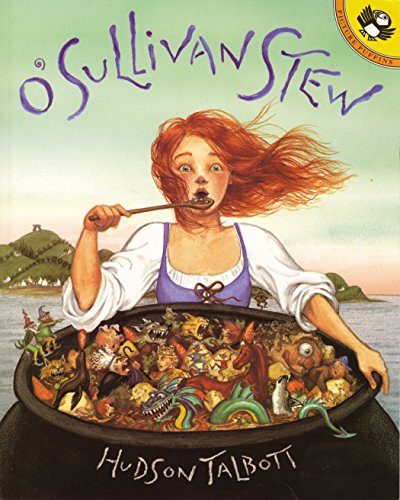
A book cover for O'Sullivan Stew (Picture Puffins); Hudson Talbott; Children's Books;